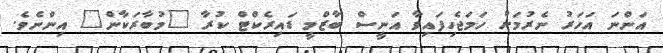
އަންނަ އަހަރު ނެރުމަށް ހަމަޖެހިފައިވާ އަނީސް ބާޒްމީ ޑައިރެކްޓް ކުރާ "މުބާރަކާން" އިންނެވެ.